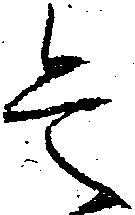
是